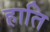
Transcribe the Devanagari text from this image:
हाति